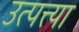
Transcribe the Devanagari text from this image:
उत्पत्त्या